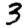
Digit: 3